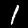
Label: 1